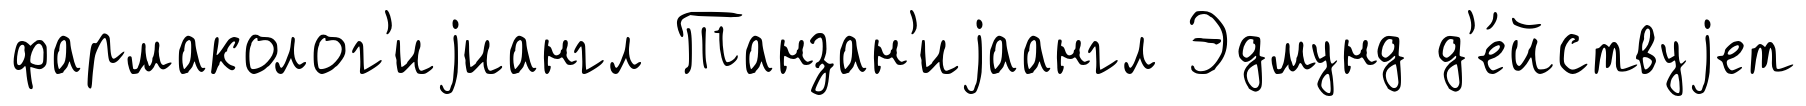
фармаколог'иjиангл Танзан'иjаангл Эдмунд д'е́йствуjет